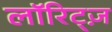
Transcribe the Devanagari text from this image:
लॉरिट्ज़